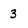
Character: 3